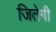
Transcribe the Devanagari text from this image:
जितेगी